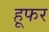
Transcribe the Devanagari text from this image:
हूफर